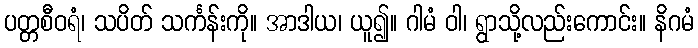
ပတ္တစီဝရံ၊ သပိတ် သင်္ကန်းကို။ အာဒါယ၊ ယူ၍။ ဂါမံ ဝါ၊ ရွာသို့လည်းကောင်း။ နိဂမံ